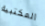
المكتبية